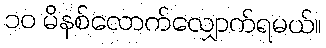
၁၀ မိနစ်လောက်လျှောက်ရမယ်။